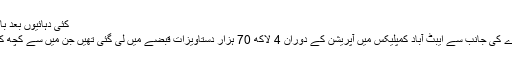
کئی دہائیوں بعد بالآخر اصل حقیقت سامنے آگئی
امریکی خفیہ ایجنسی سی آئی اے کی جانب سے ایبٹ آباد کمپلیکس میں آپریشن کے دوران 4 لاکھ 70 ہزار دستاویزات قبضے میں لی گئی تھیں جن میں سے کچھ کی تفصیلات شیئر کی گئی ہیں۔